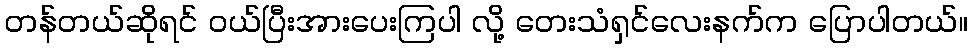
တန်တယ်ဆိုရင် ၀ယ်ပြီးအားပေးကြပါ လို့ တေးသံရှင်လေးနက်က ပြောပါတယ်။